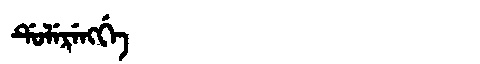
Manchu: ᡩᡠᠯᡝᡵᡝᠩᡤᡝ
Romanization: DULERENGGE